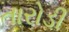
તારોડી